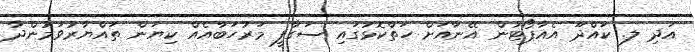
އަދި ލ. ކައްދޫ އެއާޕޯޓުން އޭނާއަށް ހަތްކޮޅުގައި ސަގާފީ މަރުހަބާއެއް ކިޔަން ތައްޔާރުވަމުންދާ